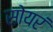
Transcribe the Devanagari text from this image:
सोयरं